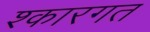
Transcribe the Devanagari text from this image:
श्कारगत